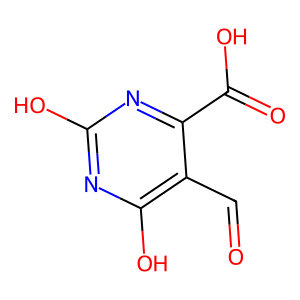
SMILES: O=Cc1c(O)nc(O)nc1C(=O)O
Inhibits HIV replication: No